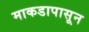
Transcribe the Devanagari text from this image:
माकडापासून